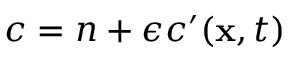
c = n + \epsilon c ^ { \prime } ( \mathbf { x } , t )